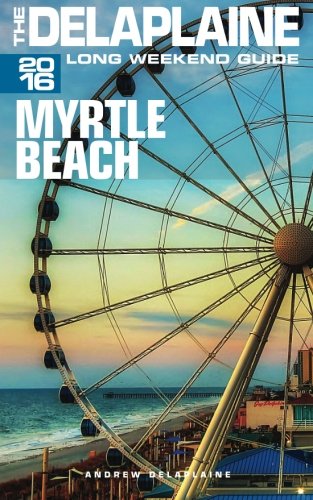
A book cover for MYRTLE BEACH - The Delaplaine 2016 Long Weekend Guide (Long Weekend Guides); Andrew Delaplaine; Travel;